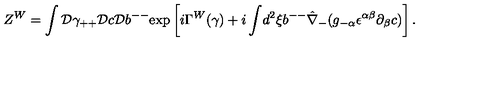
Z ^ { W } = \int { \cal D } \gamma _ { + + } { \cal D } c { \cal D } b ^ { -- } \mathrm { e x p } \left[ i \Gamma ^ { W } ( \gamma ) + i \int \! d ^ { 2 } \xi b ^ { -- } \hat { \nabla } _ { - } ( g _ { - \alpha } \epsilon ^ { \alpha \beta } \partial _ { \beta } c ) \right] .